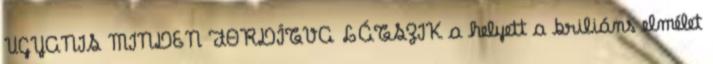
UGYANIS MINDEN FORDÍTVA LÁTSZIK a helyett a briliáns elmélet